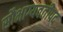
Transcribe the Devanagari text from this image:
सौभाग्यवतीपद